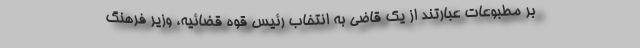
بر مطبوعات عبارتند از یک قاضی به انتخاب رئیس قوه قضائیه، وزیر فرهنگ